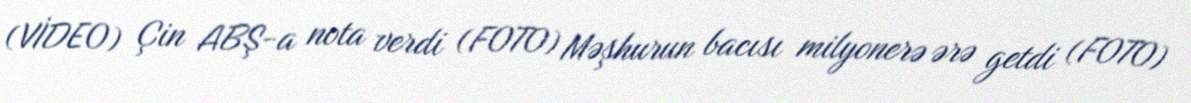
(VİDEO) Çin ABŞ-a nota verdi (FOTO) Məşhurun bacısı milyonerə ərə getdi (FOTO)